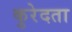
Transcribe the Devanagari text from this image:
कुरेदता